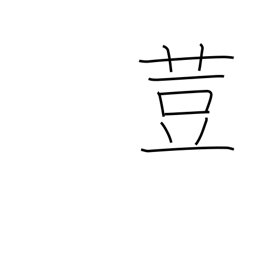
Meaning: nutmeg